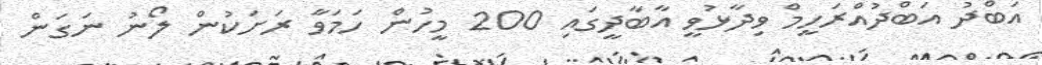
އަބްދު އަބްދުއްރަހީމް ވިދާޅުވީ އާބާދީގައި 200 މީހުން ހަމަވާ ރަށަކުން ލޯނު ނަގަން